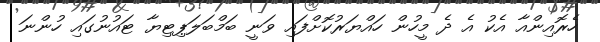
ހެރޮއިންއާ އެކު އެ ދެ މީހުން ހައްޔަރުކޮށްފައި ވަނީ ބަމްބަލަޕިޓިޔާ ޓައުނުގައި ހުންނަ